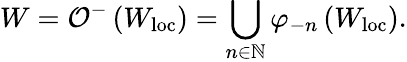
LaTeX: W=\mathcal{O}^{-}\left(W_{\mathrm{loc}}\right)=\bigcup_{n\in\mathbb{N}}\varphi_{-n}\left(W_{\mathrm{loc}}\right).